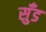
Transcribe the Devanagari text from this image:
सुँड